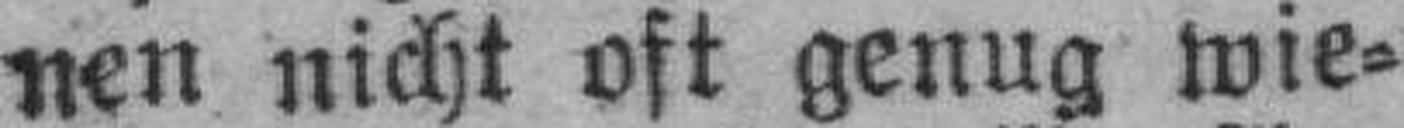
nen nicht oft genug wie¬